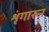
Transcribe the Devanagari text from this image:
शृंगारुन